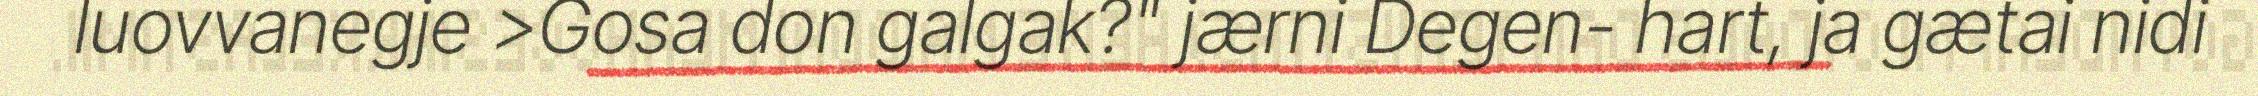
luovvanegje >Gosa don galgak?" jærni Degen- hart, ja gætai nidi